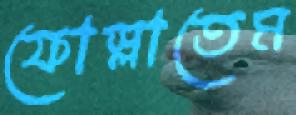
ফোস্‌লাতেম